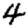
Digit: 4